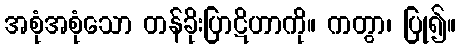
အစုံအစုံသော တန်ခိုးပြာဋိဟာကို။ ကတွာ၊ ပြု၍။